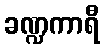
ခဏ္ဍကာရီ